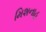
મિશનાહ